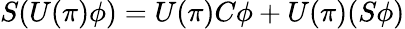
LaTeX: S(U(\pi)\phi)=U(\pi)C\phi+U(\pi)(S\phi)